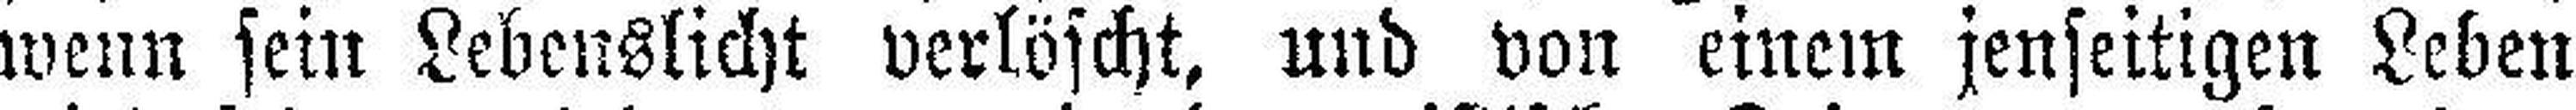
wenn sein Lebenslicht verlöscht, und von einem jenseitigen Leben